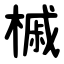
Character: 槭